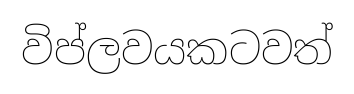
විප්ලවයකටවත්